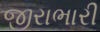
જીરાભારી